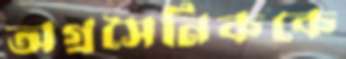
অগ্রসৈনিককে